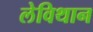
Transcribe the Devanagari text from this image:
लेविथान